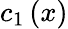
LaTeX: c_{1}\left(x\right)